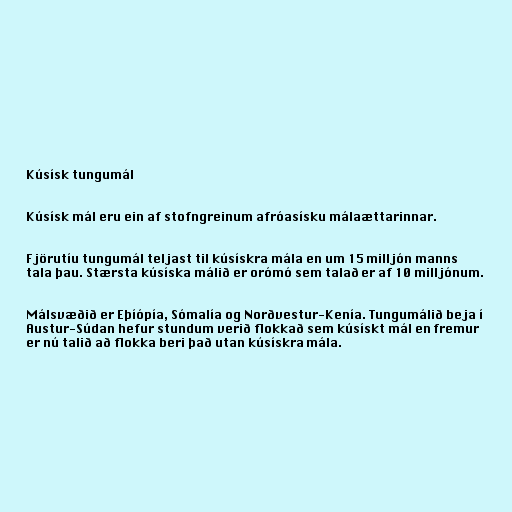
Kúsísk tungumál

Kúsísk mál eru ein af stofngreinum afróasísku málaættarinnar.

Fjörutíu tungumál teljast til kúsískra mála en um 15 milljón manns
tala þau. Stærsta kúsíska málið er orómó sem talað er af 10 milljónum.

Málsvæðið er Eþíópía, Sómalía og Norðvestur-Kenía. Tungumálið beja í
Austur-Súdan hefur stundum verið flokkað sem kúsískt mál en fremur
er nú talið að flokka beri það utan kúsískra mála.